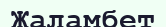
Жаламбет